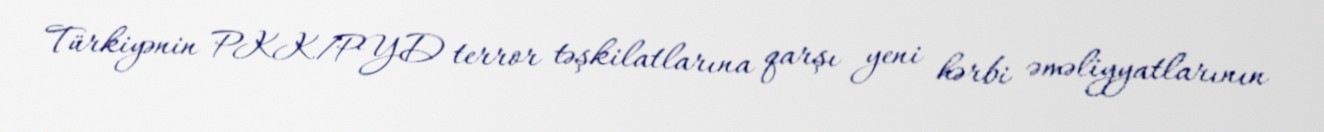
Türkiyənin PKK/PYD terror təşkilatlarına qarşı yeni hərbi əməliyyatlarının